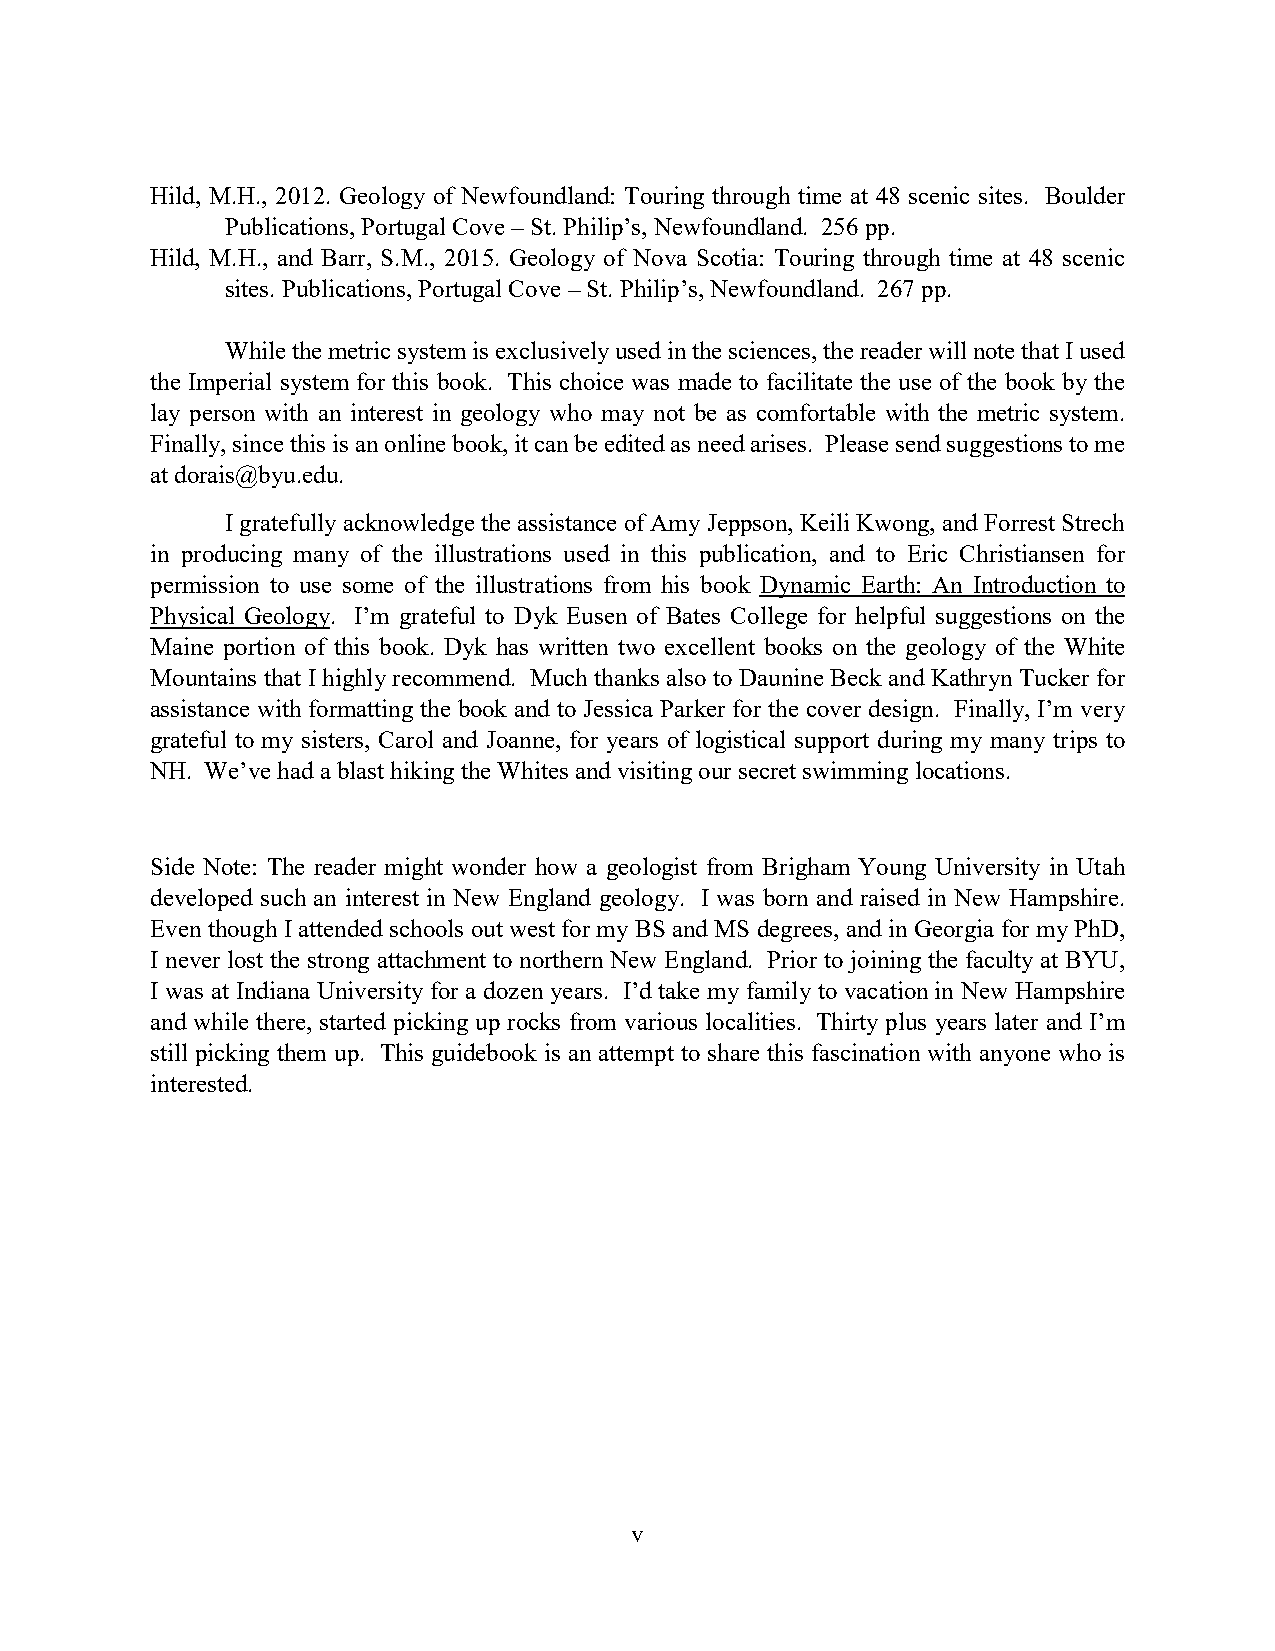
Hild, M.H., 2012. Geology of Newfoundland: Touring through time at 48 scenic sites. Boulder
 Publications, Portugal Cove – St. Philip’s, Newfoundland. 256 pp.
 Hild, M.H., and Barr, S.M., 2015. Geology of Nova Scotia: Touring through time at 48 scenic
 sites. Publications, Portugal Cove – St. Philip’s, Newfoundland. 267 pp.
 While the metric system is exclusively used in the sciences, the reader will note that I used
 the Imperial system for this book. This choice was made to facilitate the use of the book by the
 lay person with an interest in geology who may not be as comfortable with the metric system.
 Finally, since this is an online book, it can be edited as need arises. Please send suggestions to me
 at dorais@byu.edu.
 I gratefully acknowledge the assistance of Amy Jeppson, Keili Kwong, and Forrest Strech
 in producing many of the illustrations used in this publication, and to Eric Christiansen for
 permission to use some of the illustrations from his book Dynamic Earth: An Introduction to
 Physical Geology. I’m grateful to Dyk Eusen of Bates College for helpful suggestions on the
 Maine portion of this book. Dyk has written two excellent books on the geology of the White
 Mountains that I highly recommend. Much thanks also to Daunine Beck and Kathryn Tucker for
 assistance with formatting the book and to Jessica Parker for the cover design. Finally, I’m very
 grateful to my sisters, Carol and Joanne, for years of logistical support during my many trips to
 NH. We’ve had a blast hiking the Whites and visiting our secret swimming locations.
 Side Note: The reader might wonder how a geologist from Brigham Young University in Utah
 developed such an interest in New England geology. I was born and raised in New Hampshire.
 Even though I attended schools out west for my BS and MS degrees, and in Georgia for my PhD,
 I never lost the strong attachment to northern New England. Prior to joining the faculty at BYU,
 I was at Indiana University for a dozen years. I’d take my family to vacation in New Hampshire
 and while there, started picking up rocks from various localities. Thirty plus years later and I’m
 still picking them up. This guidebook is an attempt to share this fascination with anyone who is
 interested.
 v